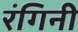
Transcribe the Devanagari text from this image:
रंगिनी